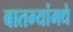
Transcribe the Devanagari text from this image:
बातम्यांमधे